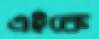
এইকে